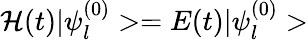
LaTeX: {\cal H}(t)|\psi_{l}^{(0)}>=E(t)|\psi_{l}^{(0)}>